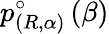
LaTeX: p_{\left(R,\alpha\right)}^{\circ}\left(\beta\right)